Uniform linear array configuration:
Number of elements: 12
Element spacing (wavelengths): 0.25
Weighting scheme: blackman
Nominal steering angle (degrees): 15
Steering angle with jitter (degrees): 14.622
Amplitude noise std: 0.05
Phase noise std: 0.05

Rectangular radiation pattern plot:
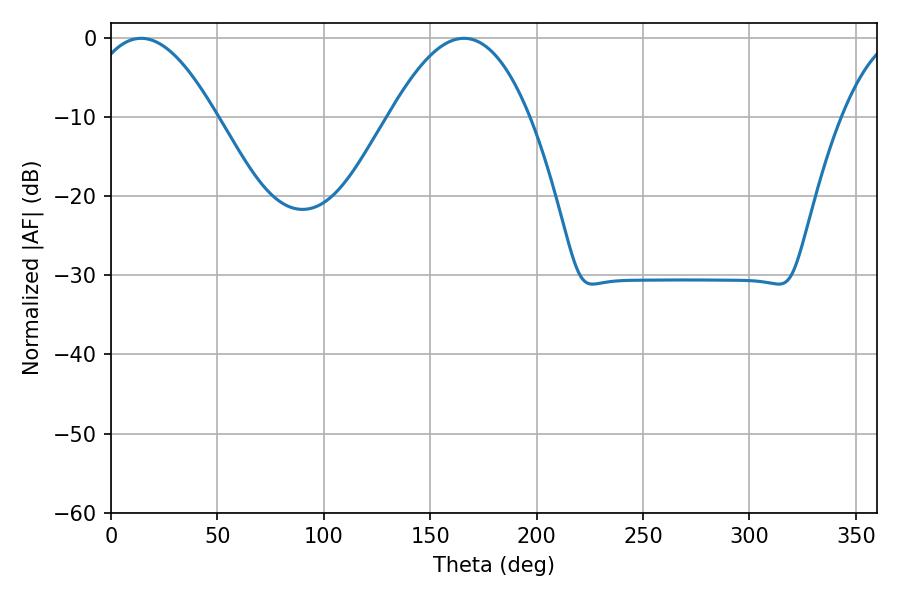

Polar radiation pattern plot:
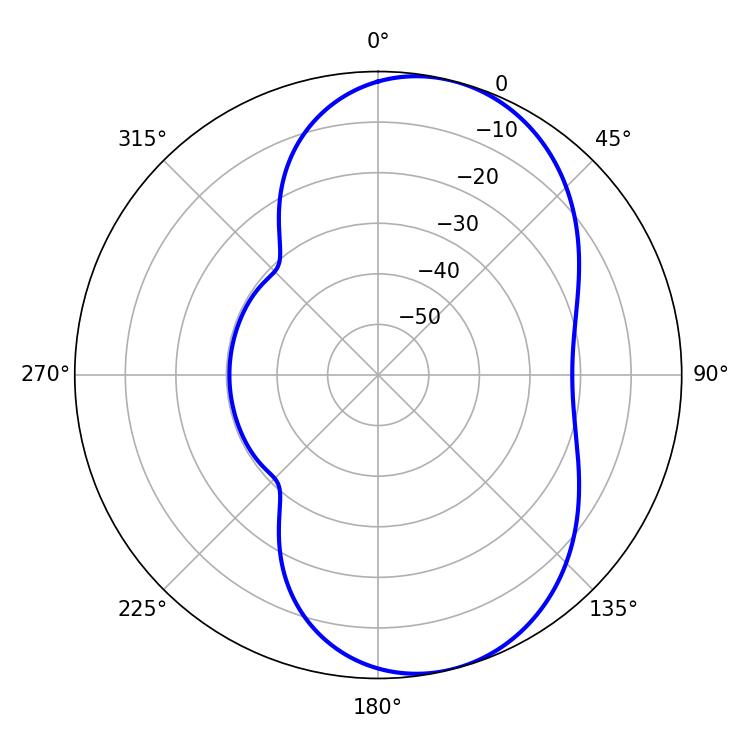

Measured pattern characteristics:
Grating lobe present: FALSE
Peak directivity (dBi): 7.404
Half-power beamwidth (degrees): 32.94
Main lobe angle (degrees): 14.22